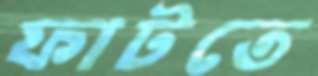
ফাটতে